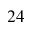
^ { 2 4 }